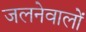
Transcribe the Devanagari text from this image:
जलनेवालों